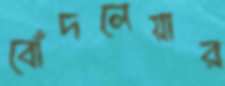
বোঁদলেয়ার